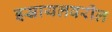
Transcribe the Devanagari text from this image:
इस्रायलवरील